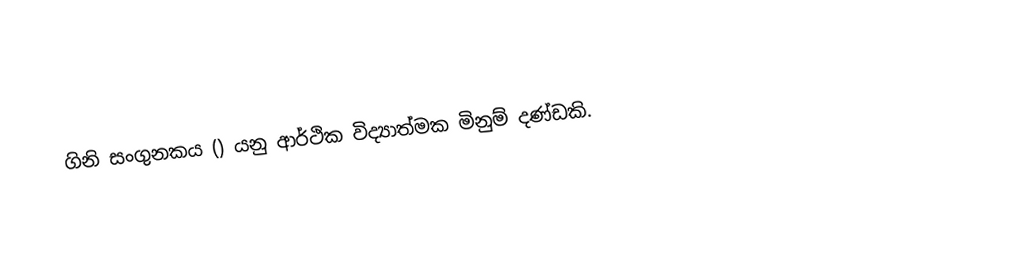
ගිනි සංගුනකය () යනු ආර්ථික විද්‍යාත්මක මිනුම් දණ්ඩකි.